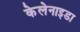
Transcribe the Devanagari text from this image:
केलेनाइडा